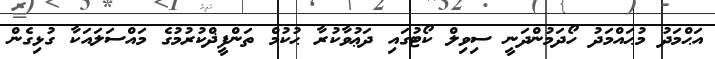
އަޙްމަދު މުޙައްމަދު ހޯދަމުންދަނީ ސިވިލް ކޯޓުގައި ދަޢުވާކުރާ ޙުކުމް ތަންފީޛްކުރުމުގެ މައްސަލައަކާ ގުޅިގެން